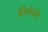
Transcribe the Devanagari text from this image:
लिजेलोटे